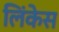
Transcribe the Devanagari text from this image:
लिंकेस